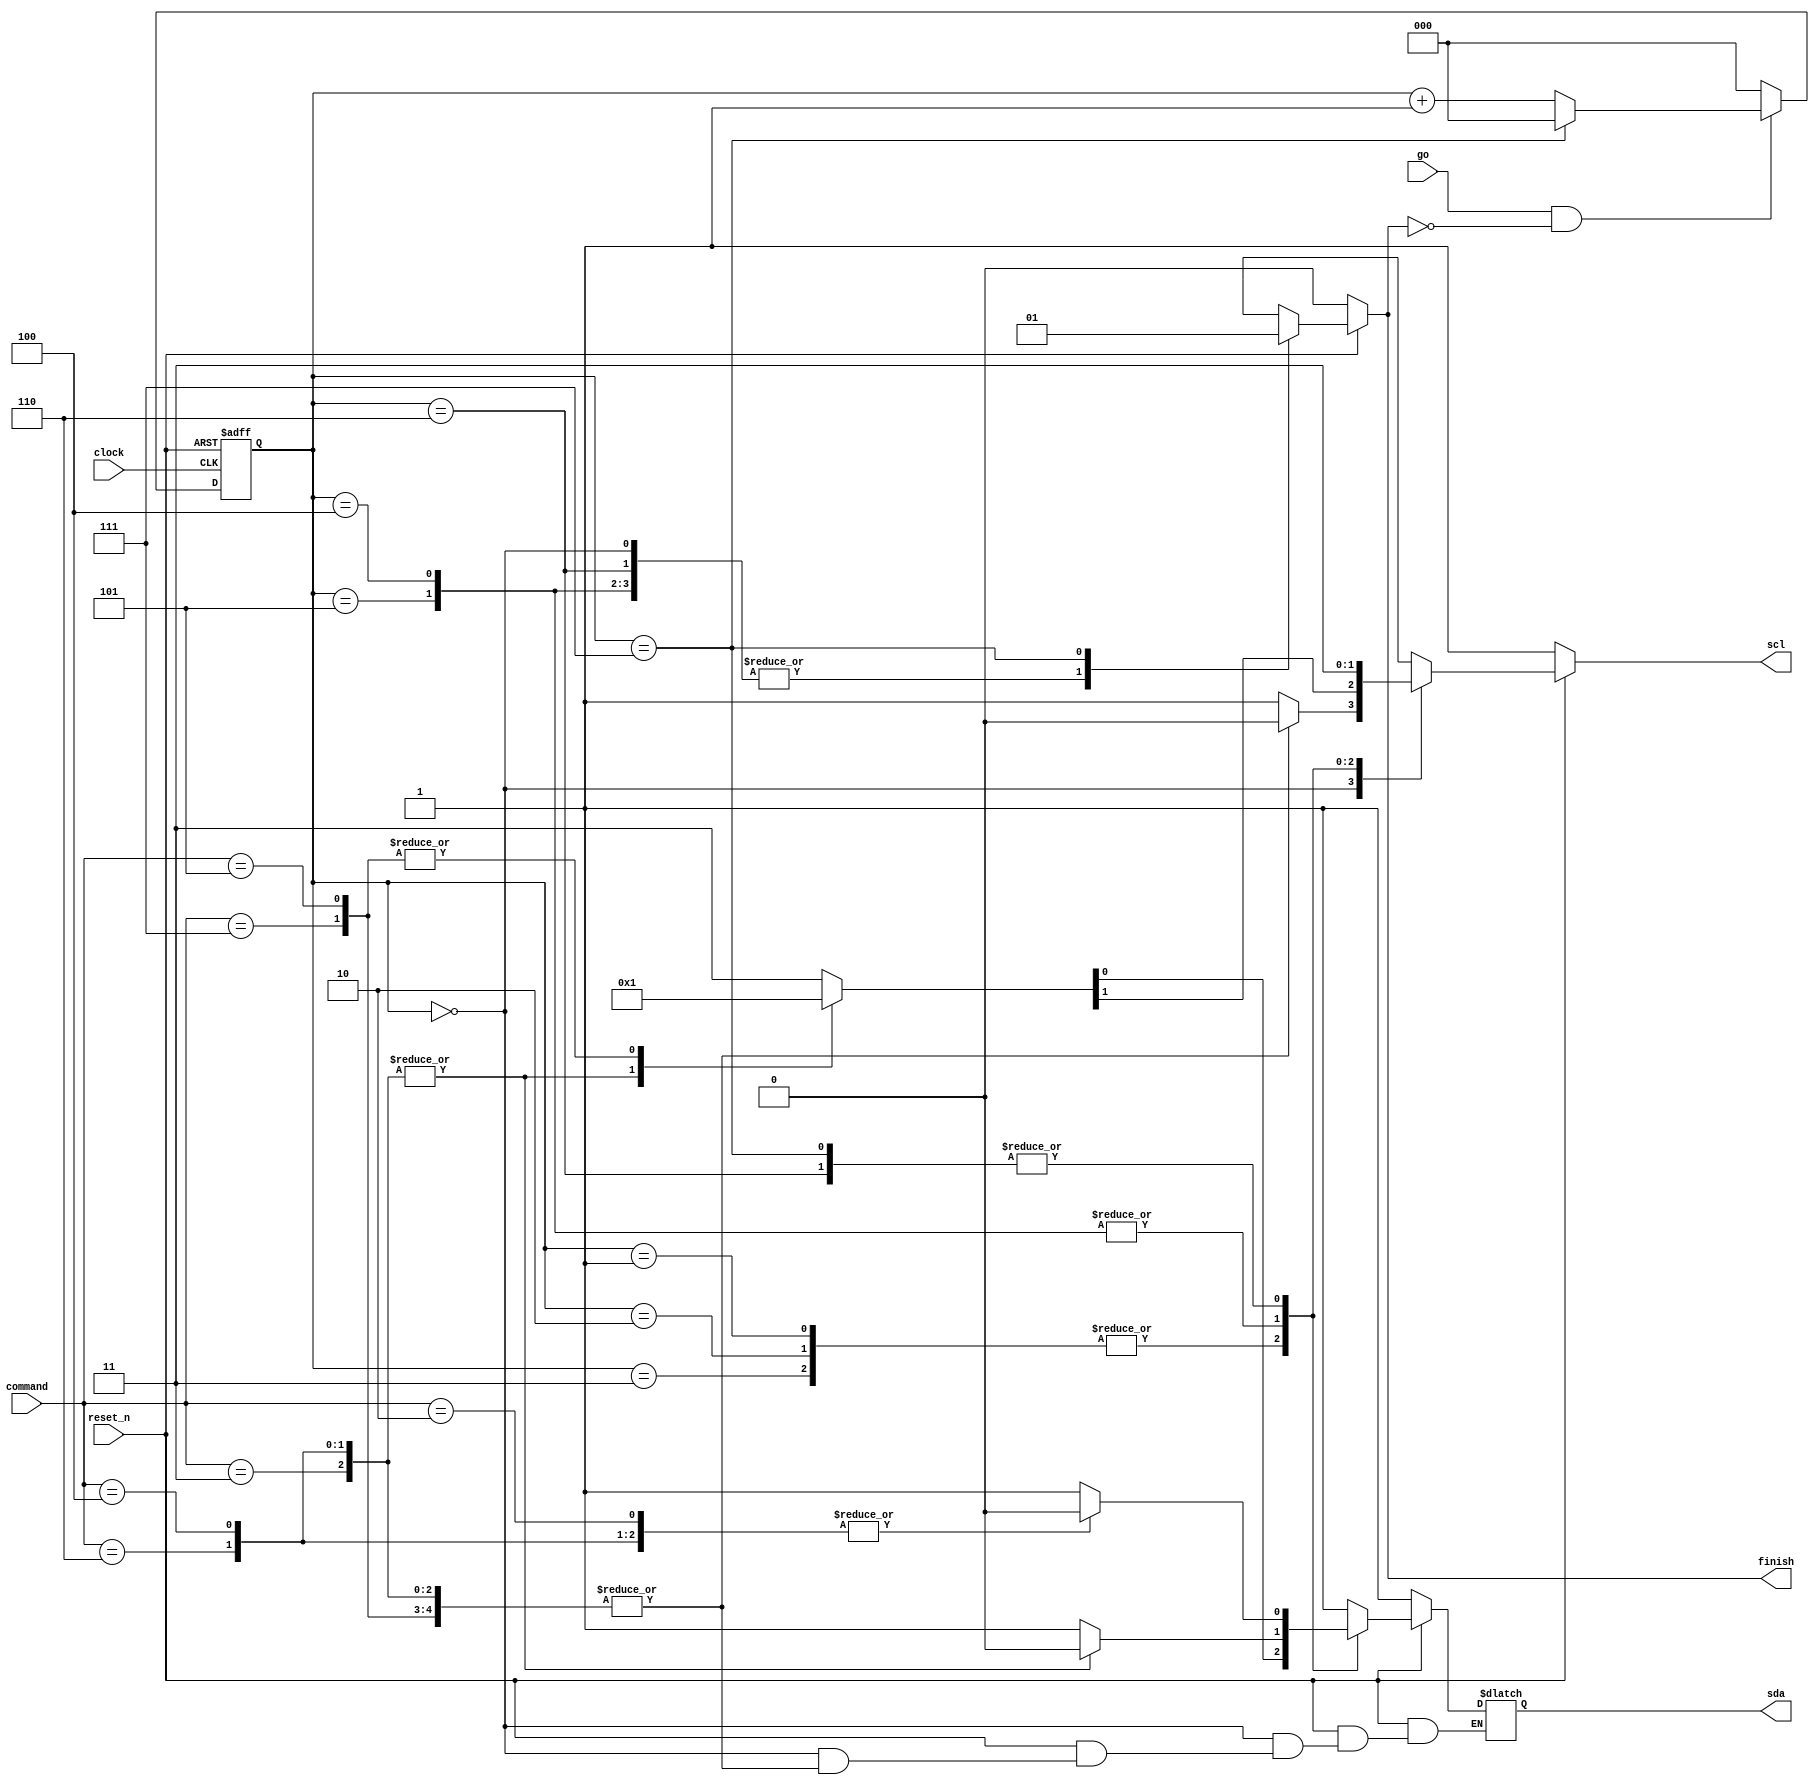
module I2C_master_write_bit (input clock,
                             input reset_n,
                             input go,            // enable signal for module
                             input [2:0] command, // command for different types of bits
                             output reg finish,   // indicates completion of writing
                             output reg scl,
                             output reg sda);
    
    // command for different write operation
    parameter IDLE      = 3'b000;
    parameter START_BIT = 3'b010;
    parameter STOP_BIT  = 3'b011;
    parameter DATA_0    = 3'b100;
    parameter DATA_1    = 3'b101;
    parameter ACK_BIT   = 3'b110;
    parameter NACK_BIT  = 3'b111;
    
    // 3-bit counter for driving the FSM
    reg [2:0] counter;  // current counter value
    wire counter_en;     //enable signal for counter
    // generate enable signal for counter
    assign counter_en = go && (~finish);
    // counter
    always @(posedge clock or negedge reset_n) begin
        if (!reset_n)
            counter <= 3'b000;
        else if (counter_en) begin
            if (counter == 3'b111)
                counter <= 3'b000;
            else
                counter <= counter + 1'b1;
        end
        else begin
            counter <= 3'b000;
        end
    end
    
    // output, combinational circuit
    // according to I2C protocol, each kind of bits is divided into 8 parts
    // +-----------+-----+---+---+---+---+---+---+---+---+
    // | START_BIT | scl | 1   1   1   1 | 1   1   1   1 |
    // |           | sda | 1   1   1   1 | 1   1   0   0 |
    // +-----------+-----+---+---+---+---+---+---+---+---+
    // | STOP_BIT  | scl | 0   0   0   0 | 1   1   1   1 |
    // |           | sda | x   0   0   0 | 0   0   1   1 |
    // +-----------+-----+---+---+---+---+---+---+---+---+
    // | DATA_0    | scl | 0   0   0   0 | 1   1   1   1 |
    // |           | sda | x   0   0   0 | 0   0   0   0 |
    // +-----------+-----+---+---+---+---+---+---+---+---+
    // | DATA_1    | scl | 0   0   0   0 | 1   1   1   1 |
    // |           | sda | x   1   1   1 | 1   1   1   1 |
    // +-----------+-----+---+---+---+---+---+---+---+---+
    // | ACK_BIT   | scl | 0   0   0   0 | 1   1   1   1 |
    // |           | sda | x   0   0   0 | 0   0   0   0 |
    // +-----------+-----+---+---+---+---+---+---+---+---+
    // | NACK_BIT  | scl | 0   0   0   0 | 1   1   1   1 |
    // |           | sda | x   1   1   1 | 1   1   1   1 |
    // +-----------+-----+---+---+---+---+---+---+---+---+
    always @(*) begin
        if (!reset_n) begin
            {scl, sda} = 2'b11;
            finish     = 1'b0;
        end
        else begin
            case(counter)
                3'b000: begin
                    finish = 1'b0;
                    case(command)
                        START_BIT: begin
                            {scl, sda} = 2'b11;
                        end
                        STOP_BIT, DATA_0, DATA_1, ACK_BIT, NACK_BIT: begin
                            scl = 1'b0;
                        end
                        default: begin
                            {scl, sda} = 2'b11;
                        end
                    endcase
                end
                3'b001, 3'b010, 3'b011: begin
                    finish = 1'b0;
                    case(command)
                        START_BIT: begin
                            {scl, sda} = 2'b11;
                        end
                        STOP_BIT, DATA_0, ACK_BIT: begin
                            {scl, sda} = 2'b00;
                        end
                        DATA_1, NACK_BIT: begin
                            {scl, sda} = 2'b01;
                        end
                        default: begin
                            {scl, sda} = 2'b11;
                        end
                    endcase
                end
                3'b100, 3'b101: begin
                    finish = 1'b0;
                    case(command)
                        START_BIT, DATA_1, NACK_BIT: begin
                            {scl, sda} = 2'b11;
                        end
                        STOP_BIT, DATA_0, ACK_BIT: begin
                            {scl, sda} = 2'b10;
                        end
                        default: begin
                            {scl, sda} = 2'b11;
                        end
                    endcase
                end
                3'b110: begin
                    finish = 1'b0;
                    case(command)
                        START_BIT, DATA_0, ACK_BIT: begin
                            {scl, sda} = 2'b10;
                        end
                        STOP_BIT, DATA_1, NACK_BIT: begin
                            {scl, sda} = 2'b11;
                        end
                        default: begin
                            {scl, sda} = 2'b11;
                        end
                    endcase
                end
                3'b111: begin
                    finish = 1'b1;
                    case(command)
                        START_BIT, DATA_0, ACK_BIT: begin
                            {scl, sda} = 2'b10;
                        end
                        STOP_BIT, DATA_1, NACK_BIT: begin
                            {scl, sda} = 2'b11;
                        end
                        default: begin
                            {scl, sda} = 2'b11;
                        end
                    endcase
                end
            endcase
        end
    end
endmodule